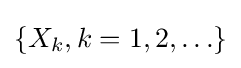
\{X_{k},k=1,2,\ldots \}